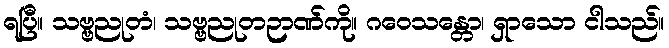
ရပြီ။ သဗ္ဗညုတံ၊ သဗ္ဗညုတဉာဏ်ကို။ ဂဝေသန္တော၊ ရှာသော ငါသည်။